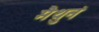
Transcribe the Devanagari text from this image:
मैथुनं